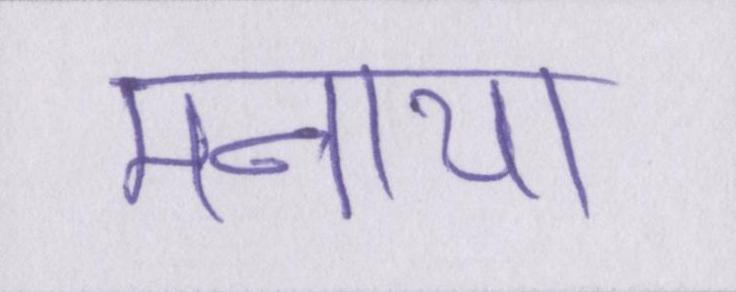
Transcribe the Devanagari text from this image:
मनाया